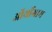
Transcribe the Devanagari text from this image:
ऑर्थ्रोग्राम